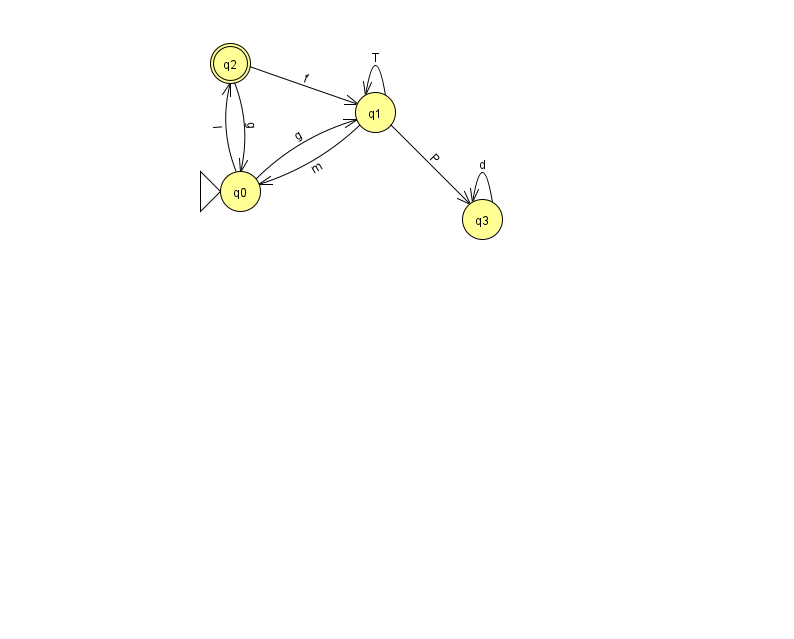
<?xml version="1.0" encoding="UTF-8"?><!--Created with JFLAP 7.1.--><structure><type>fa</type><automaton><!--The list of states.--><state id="0" name="q0"><x>240.0</x><y>178.0</y><initial/></state><state id="1" name="q1"><x>375.0</x><y>99.0</y></state><state id="2" name="q2"><x>230.0</x><y>50.0</y><final/></state><state id="3" name="q3"><x>482.0</x><y>206.0</y></state><!--The list of transitions.--><transition><from>1</from><to>1</to><read>T</read></transition><transition><from>3</from><to>3</to><read>d</read></transition><transition><from>0</from><to>1</to><read>g</read></transition><transition><from>0</from><to>2</to><read>I</read></transition><transition><from>1</from><to>3</to><read>P</read></transition><transition><from>2</from><to>1</to><read>f</read></transition><transition><from>2</from><to>0</to><read>g</read></transition><transition><from>1</from><to>0</to><read>m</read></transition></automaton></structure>